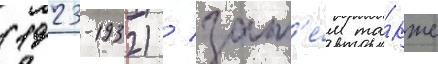
(1923-1932) / зат'е́м та́кже